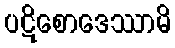
ပဋိစောဒေဿာမိ